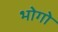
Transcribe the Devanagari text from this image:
भोगो